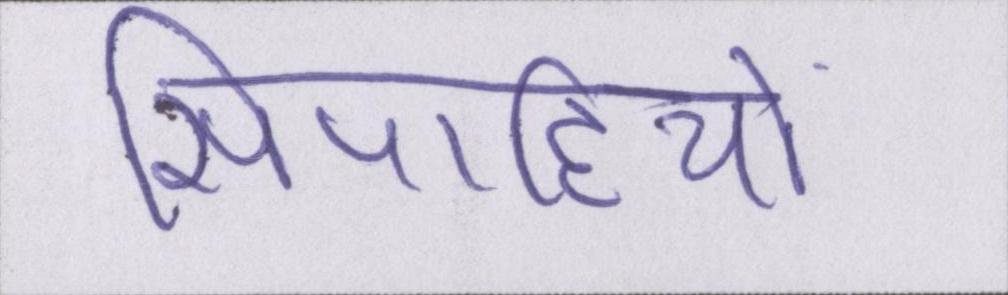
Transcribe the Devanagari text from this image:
सिपाहियों